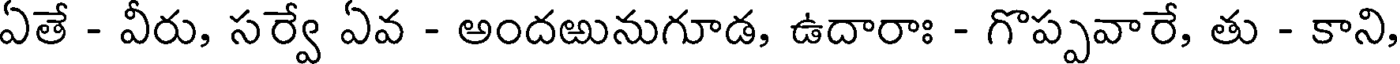
ఏతే - వీరు, సర్వే ఏవ - అందఱునుగూడ, ఉదారాః - గొప్పవారే, తు - కాని,